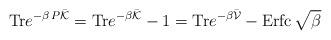
LaTeX: \begin{align*}{\rm Tr} e^{-\beta\, P \bar{{\cal K}}}={\rm Tr} e^{-\beta\bar{{\cal K}}}-1={\rm Tr} e^{-\beta \bar{{\cal V}}}-{\rm Erfc}\,\sqrt{\beta}\end{align*}